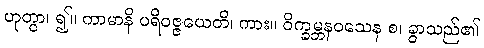
ဟုတွာ၊ ၍။ ကာမာနိ ပရိဝဇ္ဇယေတိ၊ ကား။ ဝိက္ခမ္ဘနဝသေန စ၊ ခွာသည်၏